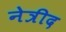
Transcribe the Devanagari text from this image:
नेत्रीद